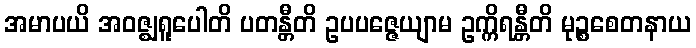
အမာပယိ အဝဇ္ဈရူပေါတိ ပတန္တီတိ ဥပပဇ္ဇေယျာမ ဥက္ကိရန္တီတိ မုဉ္စစေတနာယ